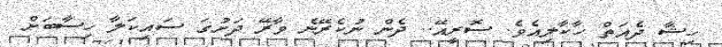
ހިޝާ ދެއަތް ހާކާލިއެވެ. ސޮރީއޭ.. ދެން ނުކެރޭނެ ވާރޭ ދަށުގަ ސައިކަލާ ހިސާބަށް